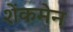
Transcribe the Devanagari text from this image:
शेंकमेन